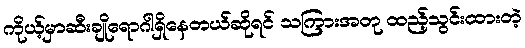
ကိုယ့်မှာဆီးချိုရောဂါရှိနေတယ်ဆိုရင် သကြားအတု ထည့်သွင်းထားတဲ့